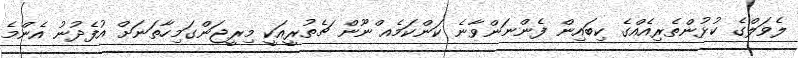
ލެވަލްގެ ކުޅުންތެރިއެއްގެ ކިބައިން ފެންނަންވާނެ ކަންކަމެއ ްނޫން ޗެތުރީއަކީ މިރީޖަންގަމިހާތަނަށް އުފެދުނު އެންމެ